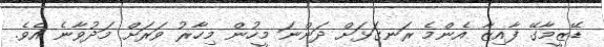
ޑޭޒީމާގޭ ފާއިޒާ އެންމެ ރަނގަޅަށް ދަންނަ މީހުން މިހާރު ވަރަށް މަދުވާނެ އެވެ.